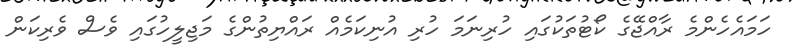
ހަމައެހެންމެ ރާއްޖޭގެ ކޯޓުތަކުގައި ހުރިނަމަ ހުރި އުނިކަމެއް ރައްޔިތުންގެ މަޖިލީހުގައި ވެސް ވެރިކަން